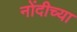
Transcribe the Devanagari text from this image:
नोंदीच्या